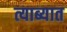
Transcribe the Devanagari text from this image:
त्याब्यात